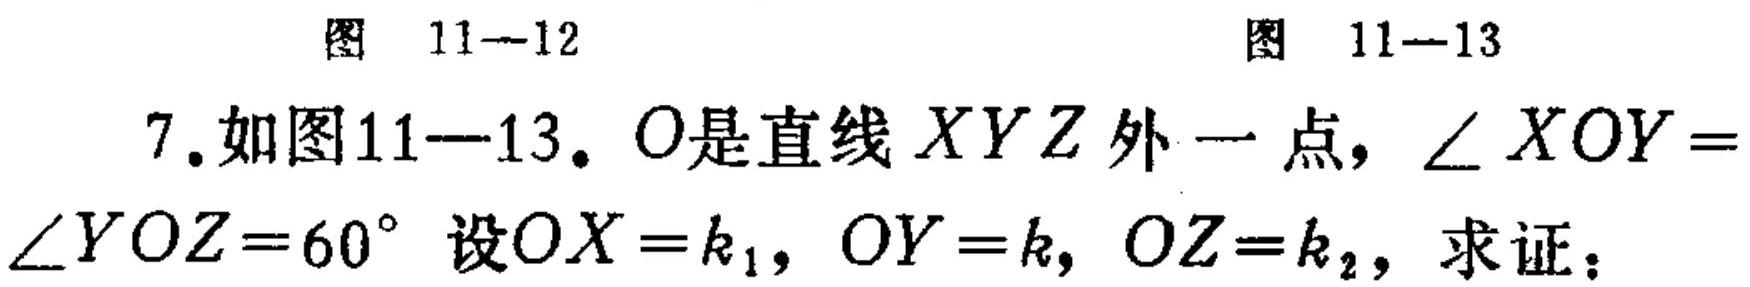
图 \(11 - 12\) 图 \(11 - 13\)
7. 如图11—13. \(O\)是直线 \(XYZ\) 外一点，\(\angle XOY =\)
\(\angle YOZ = 60^{\circ}\) 设\(OX = k_1\)，\(OY = k\)，\(OZ = k_2\)，求证：